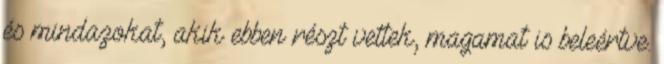
és mindazokat, akik ebben részt vettek, magamat is beleértve.